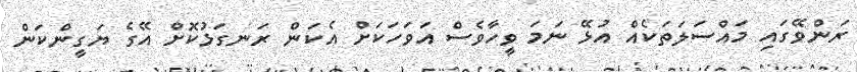
ރަންވޭގައި މައްސަލަތަކެއް އުޅޭ ނަމަ ވީހާވެސް އަވަހަކަށް އެކަން ރަނގަޅުކޮށް އޭގެ ޔަގީންކަން